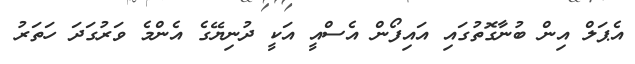
އެޕަލް އިން ބުނާގޮތުގައި އައިފޯން އެސްއީ އަކީ ދުނިޔޭގެ އެންމެ ވަރުގަދަ ހަތަރު